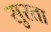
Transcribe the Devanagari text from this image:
सुरता